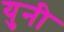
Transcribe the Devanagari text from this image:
युनी